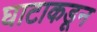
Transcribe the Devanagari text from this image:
घाटाकडून